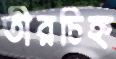
তীরচিহ্ন